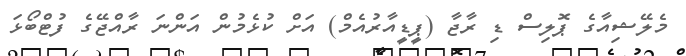
މެލޭޝިއާގެ ޕޮލިސް ޑި ރާޖާ (ޕީޑީއާރުއެމް) އަށް ކުޅެމުން އަންނަ ރާއްޖޭގެ ފުޓްބޯޅަ